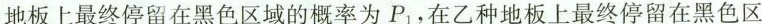
地板上最终停留在黑色区域的概率为P1，在乙种地板上最终停留在黑色区